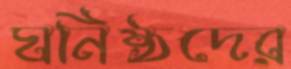
ঘনিষ্ঠদের